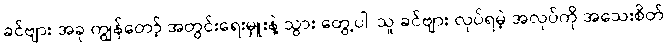
ခင်ဗျား အခု ကျွန်တော့် အတွင်းရေးမှူးနဲ့ သွား တွေ့ပါ၊ သူ ခင်ဗျား လုပ်ရမဲ့ အလုပ်ကို အသေးစိတ်